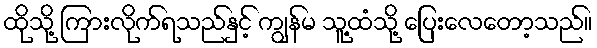
ထိုသို့ ကြားလိုက်ရသည်နှင့် ကျွန်မ သူ့ထံသို့ ပြေးလေတော့သည်။